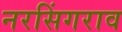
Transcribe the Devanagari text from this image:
नरसिंगराव